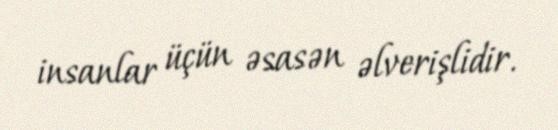
insanlar üçün əsasən əlverişlidir.